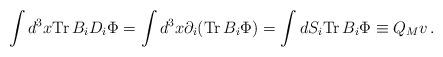
LaTeX: \begin{align*}\int d^3x {\rm Tr}\, B_i D_i\Phi = \int d^3x \partial_i ({\rm Tr}\,B_i\Phi) = \int dS_i {\rm Tr}\, B_i\Phi \equiv Q_M v \, .\end{align*}